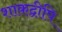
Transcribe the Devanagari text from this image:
शाकद्वीपि